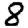
Digit: 8